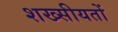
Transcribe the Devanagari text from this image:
शख्सीयतों